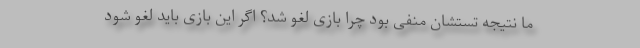
ما نتیجه تستشان منفی بود چرا بازی لغو شد؟ اگر این بازی باید لغو شود